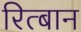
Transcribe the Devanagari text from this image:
रित्बान